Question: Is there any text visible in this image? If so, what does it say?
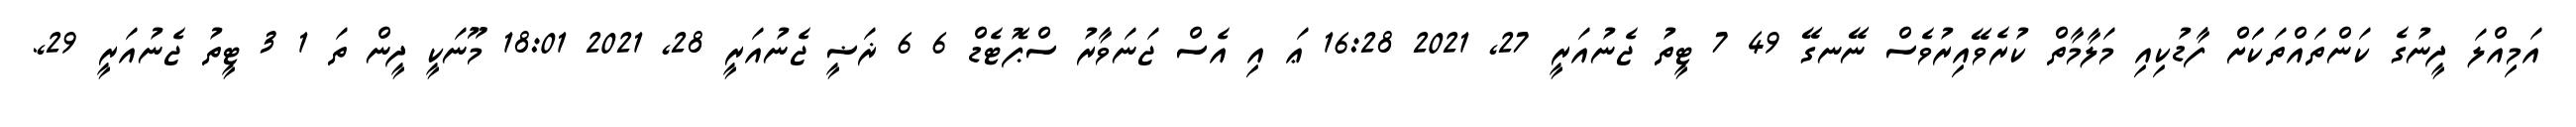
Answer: އަމިއްލަ ދީނުގެ ކަންތައްތަކަަށް ފާޑުކިއި މަލާމާތް ކުރެވޭއިރުވެސް ނޭނގޭ 49 7 ޓީތު ޖެނުއަރީ 27, 2021 16:28 ޢަ އި އެސް ޖަނަވާރު ސްޕޮޓެޑް 6 6 ޜަޟީ ޖެނުއަރީ 28, 2021 18:01 މޫނަކީ ދީން ތަ 1 3 ޓީތު ޖެނުއަރީ 29,.